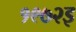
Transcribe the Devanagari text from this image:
१९७२इ